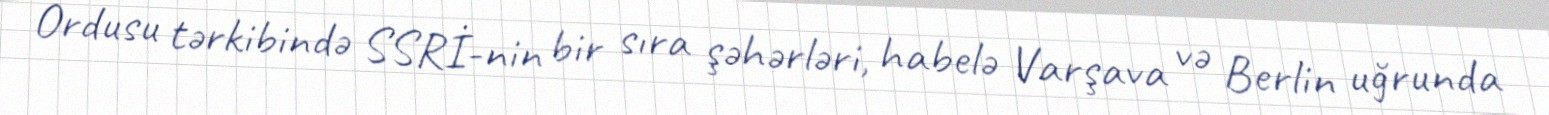
Ordusu tərkibində SSRİ-nin bir sıra şəhərləri, habelə Varşava və Berlin uğrunda